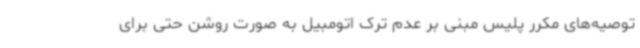
توصیه‌های مکرر پلیس مبنی بر عدم ترک اتومبیل به صورت روشن حتی برای